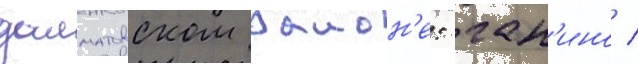
далматовском раион'е: ган'ино /